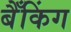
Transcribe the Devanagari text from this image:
बैँकिंग